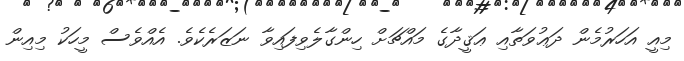
މިއީ އަހަރުމެން ދަޢުވަތާއި ޢަޤީދާގެ މައްޗަށް ހިންގާލެވިފައިވާ ނަޒަރެކެވެ. އެއްވެސް މީހަކު މިއިން